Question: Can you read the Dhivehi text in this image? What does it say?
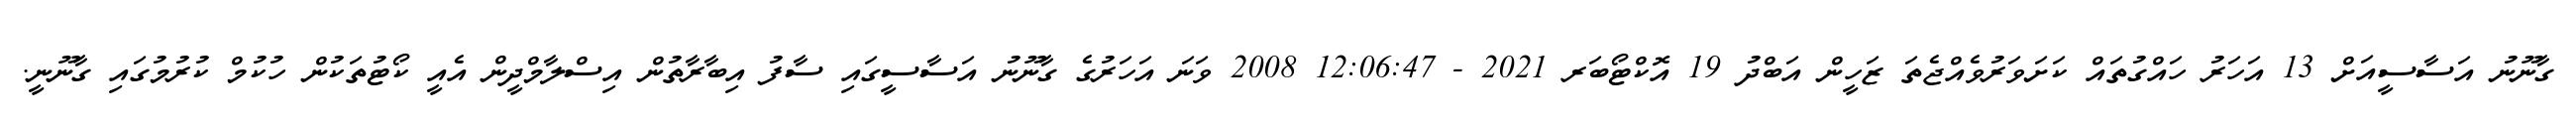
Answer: ގާނޫނު އަސާސީއަށް 13 އަހަރު ހައްގުތައް ކަށަވަރުވެއްޖެތަ ޒަހީން އަބްދު 19 އޮކްޓޯބަރ 2021 - 12:06:47 2008 ވަނަ އަހަރުގެ ގާނޫނު އަސާސީގައި ސާފު އިބާރާތުން އިސްލާމްދީން އެއީ ކޯޓުތަކުން ހުކުމް ކުރުމުގައި ގާނޫނީ.